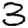
Digit: 3